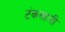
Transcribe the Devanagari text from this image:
टंकसाली